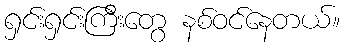
ရှင်းရှင်းကြီးတွေ နစ်ဝင်နေတယ်။